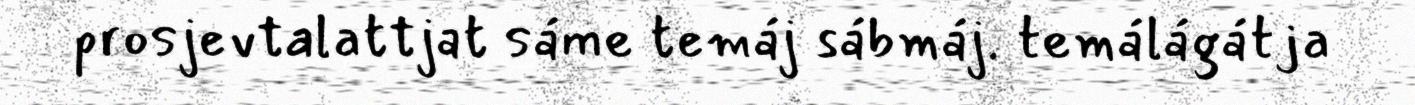
prosjevtalattjat sáme temáj sábmáj. temálágátja